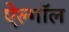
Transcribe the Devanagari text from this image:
ऐल्गॉल